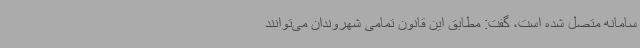
سامانه متصل شده است، گفت: مطابق این قانون تمامی شهروندان می‌توانند